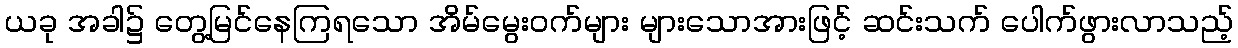
ယခု အခါ၌ တွေ့မြင်နေကြရသော အိမ်မွေးဝက်များ များသောအားဖြင့် ဆင်းသက် ပေါက်ဖွားလာသည့်